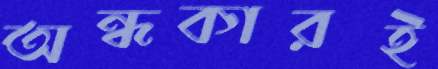
অন্ধকারই